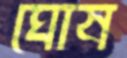
ঘোষ